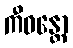
ကီဝန္တော